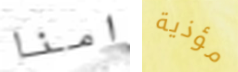
امنا مؤذية